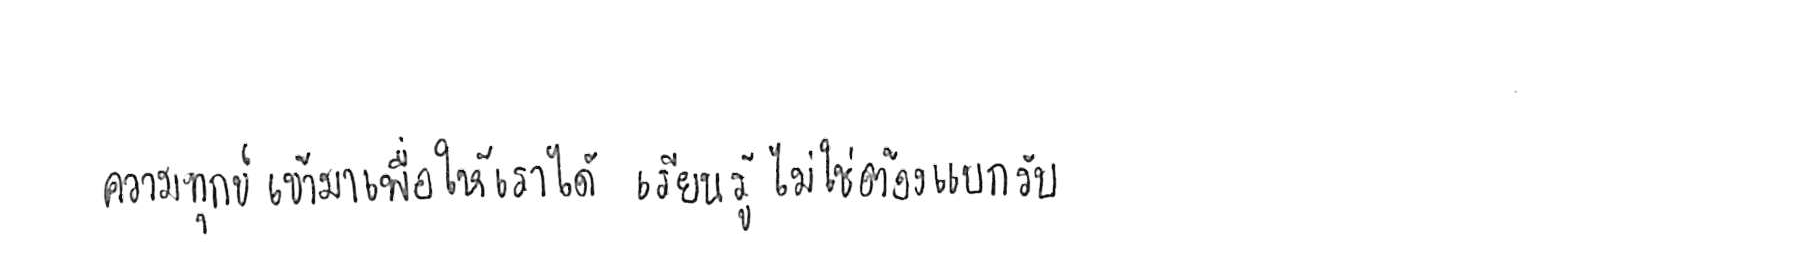
ความทุกข์ เข้ามาเพื่อให้เราได้ เรียนรู้ ไม่ใช่ต้อง แบกรับ